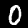
Label: 0